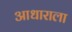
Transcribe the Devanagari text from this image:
आधाराला